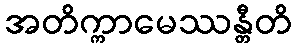
အတိက္ကာမေဿန္တီတိ